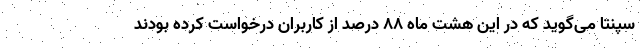
سپنتا می‌گوید که در این هشت ماه ۸۸ درصد از کاربران درخواست کرده بودند